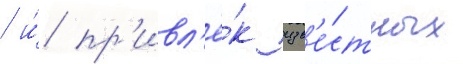
/ и́ пр'ивл'ё́к изв'е́стных